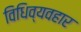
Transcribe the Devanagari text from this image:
विधिव्यवहार